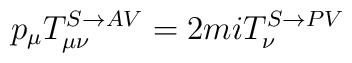
p_{\mu }T_{\mu \nu }^{S\rightarrow AV}=2miT_{\nu }^{S\rightarrow PV}